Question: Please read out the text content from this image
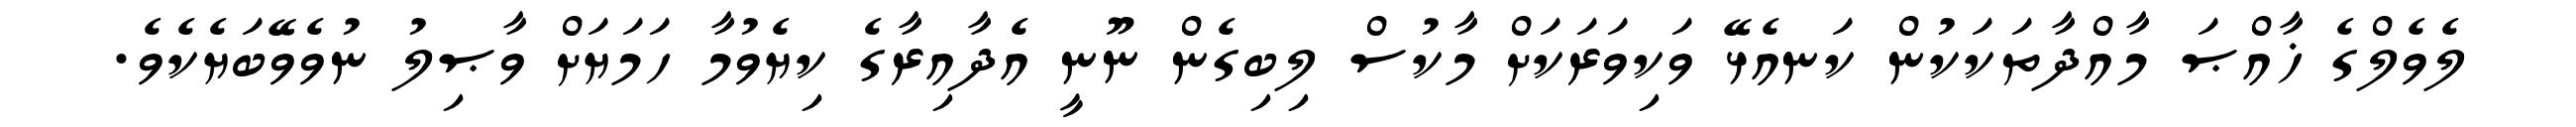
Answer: ލެވެލްގެ ޚާއްޞަ މާއްދާތަކަކުން ކަނއެޅޭ ވަކިވަރަކަށް މާކުސް ލިބިގެން ނޫނީ އެދާއިރާގެ ކިޔެވުމާ ހަމަޔަށް ވާޞިލު ނުވެވޭބަޔެކެވެ.